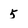
Character: 5